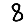
Digit: 8